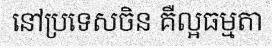
នៅប្រទេសចិន គឺល្អធម្មតា